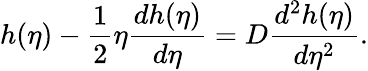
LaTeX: h(\eta)-\frac{1}{2}\eta\frac{dh(\eta)}{d\eta}=D\frac{d^{2}h(\eta)}{d\eta^{2}}.